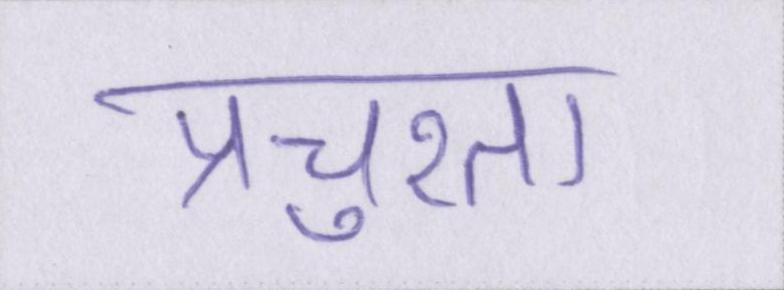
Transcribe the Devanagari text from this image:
प्रचुरता